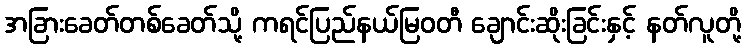
အခြားခေတ်တစ်ခေတ်သို့ ကရင်ပြည်နယ်မြဝတီ ချောင်းဆိုးခြင်းနှင့် နတ်လူတို့